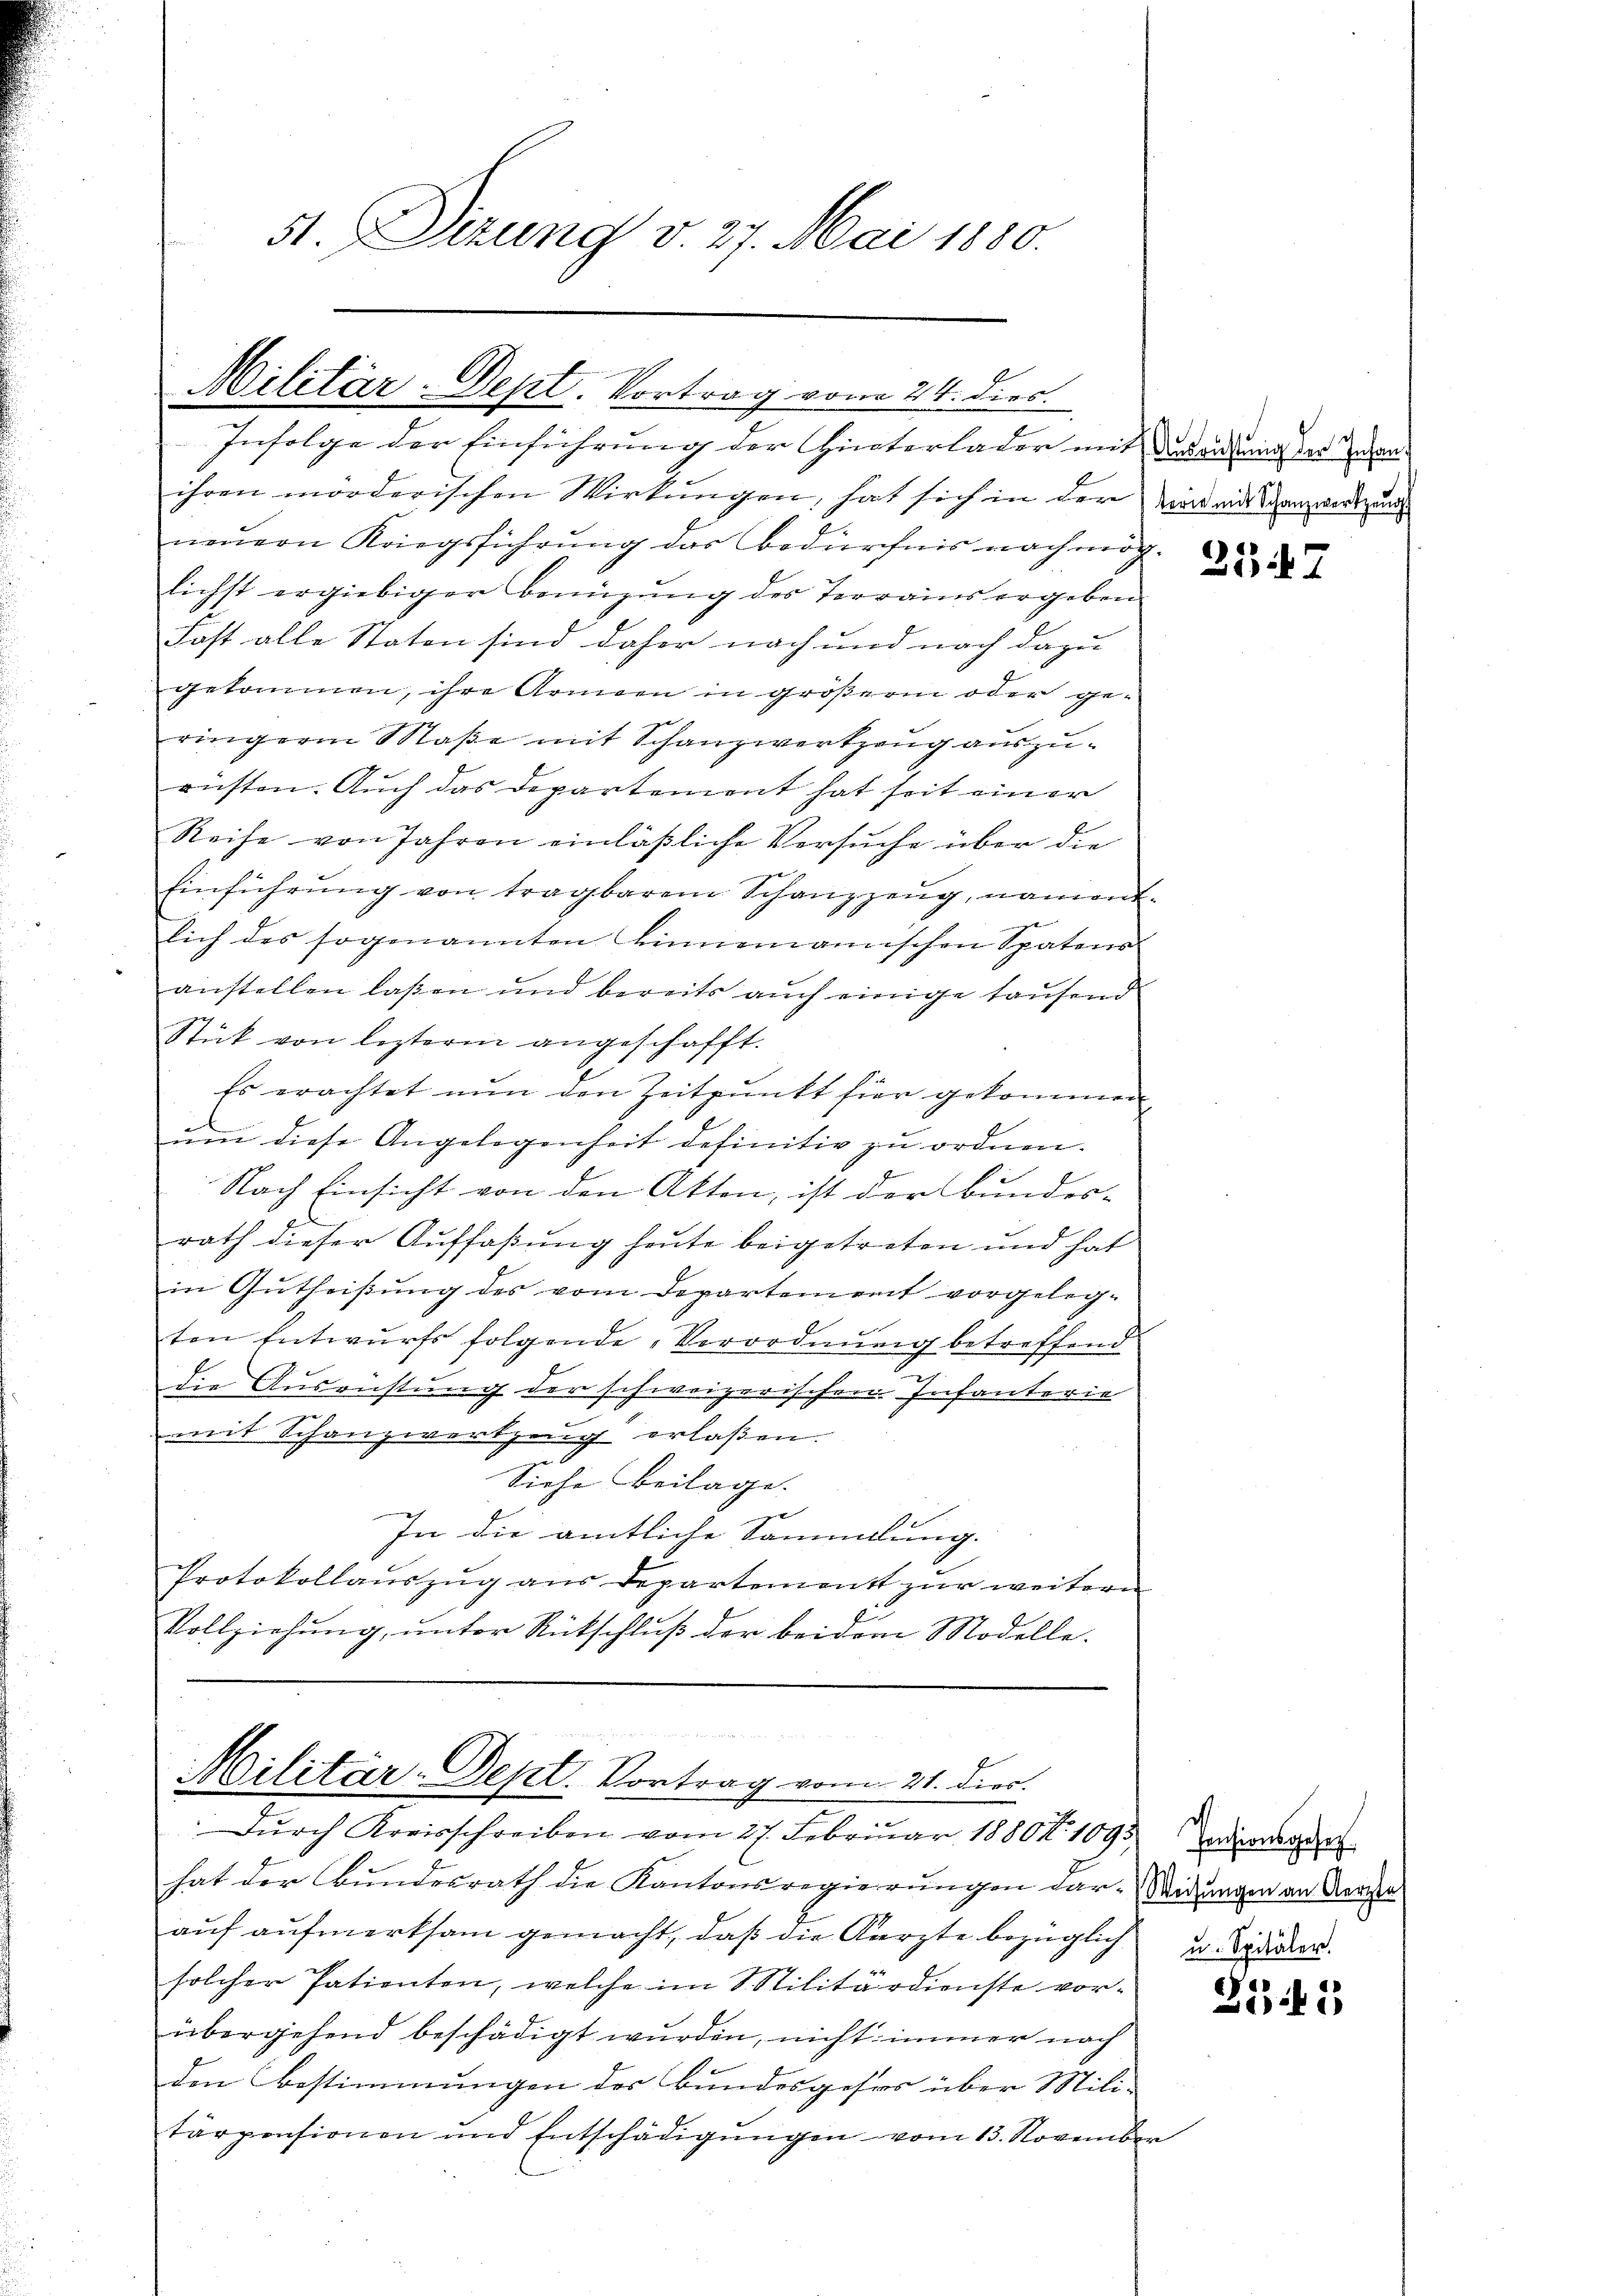
ihren morderischen Wirkungen, hat sich in der Wird mit Schanzwertzung
neŭern Kriegsführung das Bedürfnis nach möchlichst ergiebiger Benüzŭng des Terrains ergeben
Fast alle Staten sind daher nach und nach dazu
gekommen, ihre Armen in größerm oder ge-
ringeren Maße mit Schanzwerkzeug auszuauften. Auch das Departement hat seit einer
Reihe von Jahren einläßliche Versuche über die
g
Einführŭng von tragbarem Schanzzeŭg, nament.
lich des sogenannten Linnemannischen Spatens
anstellen laßen und bereits auch einige taufend
Stück von lezterm angeschafft.
Es erachtet nŭn den Zeitpunkt für gekommen
ŭm diese Angelegenheit definitiv zu ordnen.
Nach Einsicht von den Akten, ist der Bundes-
rath dieser Auffaßung heute beigetreten und hat
in Gutheißung des vom Departement vorgeleg-
ten Entwurfs folgende Verordnung betreffend
die Ausrüstung der schweizerischen Infanterie
mit Schanzwerkzeug erlaßen.
Siehe Beilage.
1
In die amtliche Sammlung.
Protokollauszug aus Departement zur weitern
f
Vollziehŭng ŭnter Rückschlŭβ der beidem Modelle.

Militär-Dept. Vortrag vom 24. dies
Infolge der Einführung der Hinterlader mit dies aus in der an¬

51. Dizung v. 27. Mai 1880.

Militär-Dept. Vortrag vom 21. Dier.
Durch Kreisschreiben vom 27. Februar 1880. 1095 zediegen

hat der Bundesrath die Kantonsregierungen dar-Widungen an Arre
auf aufmerksam gemacht, daß die Kürzte bezüglich u. Stander.
solcher Patienten, welche im 8. Militärdienste vor-
übergehend beschädigt wurden, nicht immer nach
den Bestimmungen des Bundesgeses über Mili-
tärpensionen und Entschädigungen vom 13. November

257

d

Zii